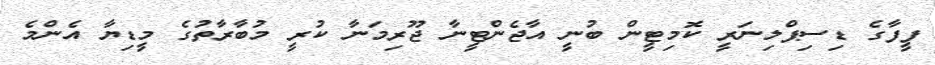
ފީފާގެ ޑިސިޕްލިނަރީ ކޮމިޓީން ބުނީ އާޖެންޓީނާ ޖޫރިމަނާ ކުރީ މުބާރާތުގެ މީޑިޔާ އެންމެ